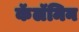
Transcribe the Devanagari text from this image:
कॅलॅमिन